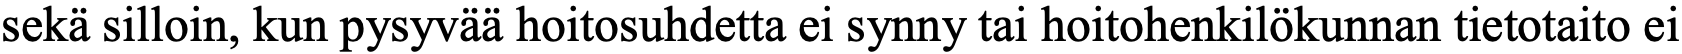
sekä silloin, kun pysyvää hoitosuhdetta ei synny tai hoitohenkilökunnan tietotaito ei